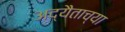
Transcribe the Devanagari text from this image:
अद्यैताच्या